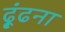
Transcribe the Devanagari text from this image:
ढ़ूंढना